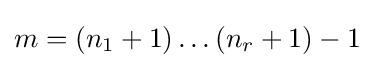
m=(n_{1}+1)\ldots (n_{r}+1)-1